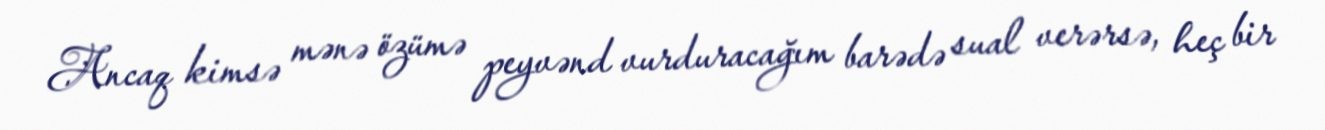
Ancaq kimsə mənə özümə peyvənd vurduracağım barədə sual verərsə, heç bir